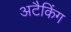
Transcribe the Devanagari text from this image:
अटैकिंग